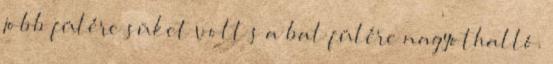
jobb fülére süket volt s a bal fülére nagyothalló.